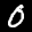
Label: 0